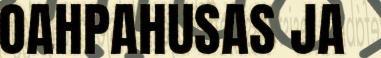
OAHPAHUSAS JA